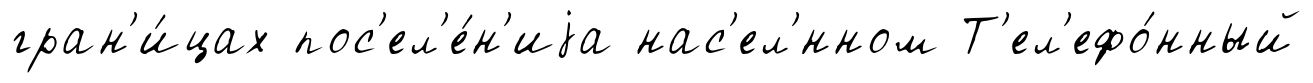
гран'и́цах пос'ел'е́н'иjа нас'ел'́нном Т'ел'ефо́нный